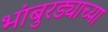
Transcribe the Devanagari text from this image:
भांबुरड्याच्‍या